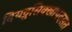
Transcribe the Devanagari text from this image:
दियट्ठसिक्खापदसत